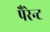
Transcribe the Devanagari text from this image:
पैरेन्ट